Document type: Grant
Year: 1445
Scribe: Antoni Gomar
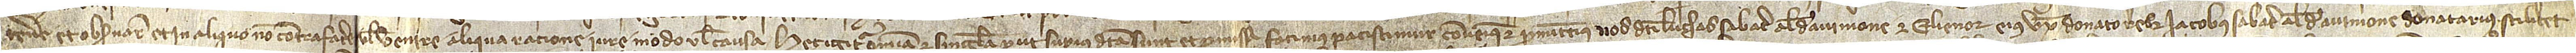
tenere et observare et in aliquo non contrafacere vel venire aliqua ratione, iure, modo vel causa. Hec igitur omnia et singula prout superius sunt et promissa facimus, paciscimur, convenimus et promittimus nos dicti Luchas Sabate, alias Avinione, et Elienor, eius uxor, donatores, et Iacobus Sabater, alias de Avinione, donatarius, scilicet,